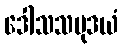
ဒေါသသမုဒယံ